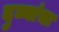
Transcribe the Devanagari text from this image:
दुब्यांचा